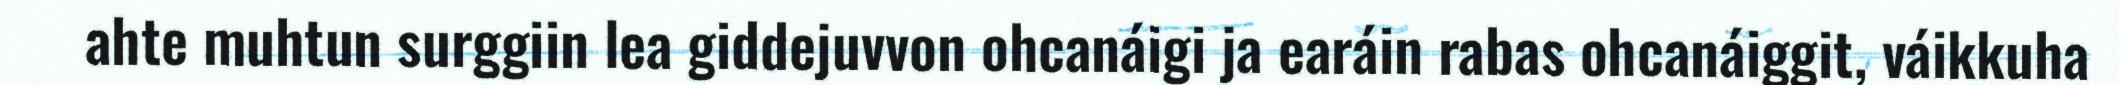
ahte muhtun surggiin lea giddejuvvon ohcanáigi ja earáin rabas ohcanáiggit, váikkuha